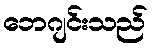
ဘေဂျင်းသည်